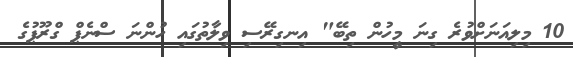
10 މިލިއަނަށްވުރެ ގިނަ މީހުން ތިބޭ" އިނގިރޭސި ވިލާތުގައި ހުންނަ ސްނެޕް ގްރޫޕުގެ